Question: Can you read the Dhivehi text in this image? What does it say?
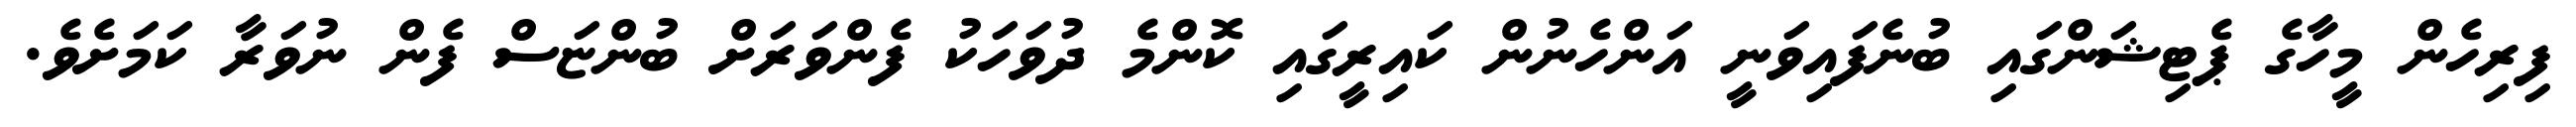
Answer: ފިރިހެން މީހާގެ ޕެޓިޝަންގައި ބުނެފައިވަނީ އަންހެނުން ކައިރީގައި ކޮންމެ ދުވަހަކު ފެންވަރަށް ބުންޏަސް ފެން ނުވަރާ ކަމަށެވެ.